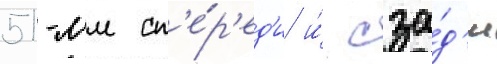
51-мм сп'е́р'ед'и и́ сза́д'и